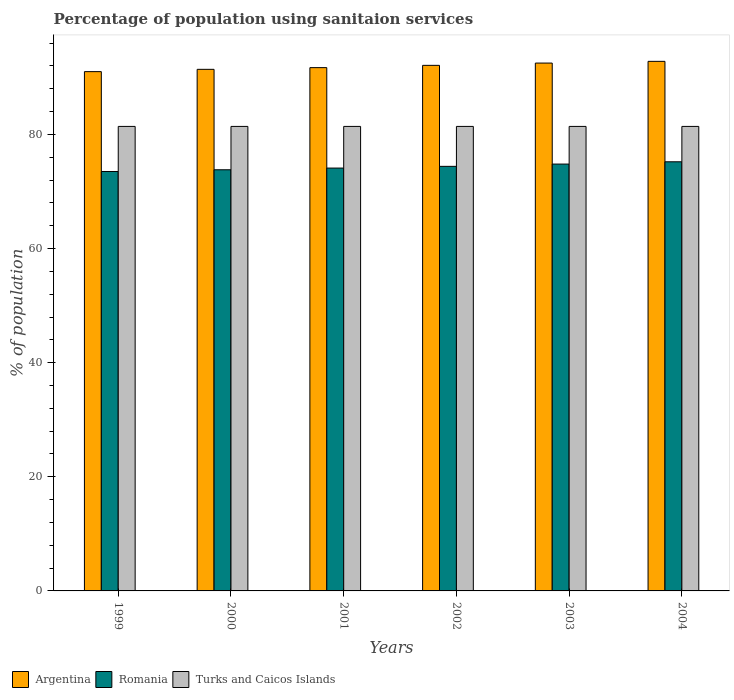
| Years | Argentina | Romania | Turks and Caicos Islands |
 | --- | --- | --- | --- |
 | 1999 | 91 | 73.5 | 81.4 |
 | 2000 | 91.4 | 73.8 | 81.4 |
 | 2001 | 91.7 | 74.1 | 81.4 |
 | 2002 | 92.1 | 74.4 | 81.4 |
 | 2003 | 92.5 | 74.8 | 81.4 |
 | 2004 | 92.8 | 75.2 | 81.4 |